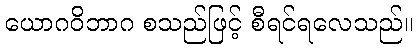
ယောဂဝိဘာဂ စသည်ဖြင့် စီရင်ရလေသည်။